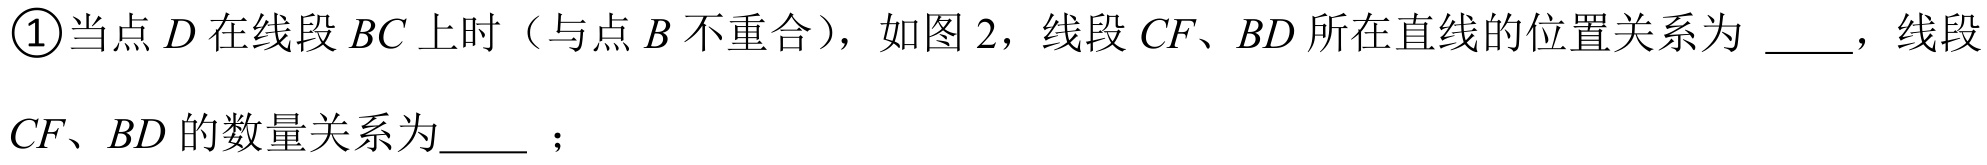
\textcircled{1}当点\(D\)在线段\(BC\)上时（与点\(B\)不重合），如图\(2\)，线段\(CF、BD\)所在直线的位置关系为 \_\_\_，线段\(CF、BD\)的数量关系为\_\_\_ ；